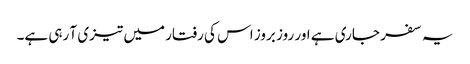
یہ سفر جاری ہے اور روز بروز اس کی رفتار میں تیزی آ رہی ہے۔